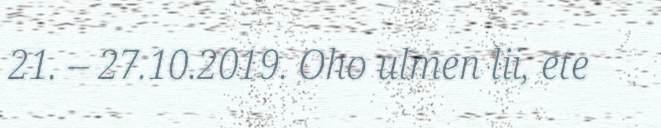
21. – 27.10.2019. Oho ulmen lii, ete